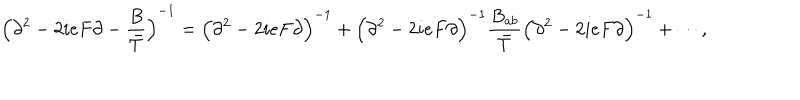
LaTeX: { \Bigl ( \partial ^ { 2 } - 2 i e F \partial - { \frac { B } { \bar { T } } } \Bigl ) } ^ { - 1 } = { \Bigl ( \partial ^ { 2 } - 2 i e F \partial \Bigr ) } ^ { - 1 } + { \Bigl ( \partial ^ { 2 } - 2 i e F \partial \Bigr ) } ^ { - 1 } { \frac { B _ { a b } } { \bar { T } } } { \Bigl ( \partial ^ { 2 } - 2 i e F \partial \Bigr ) } ^ { - 1 } + \cdots ,